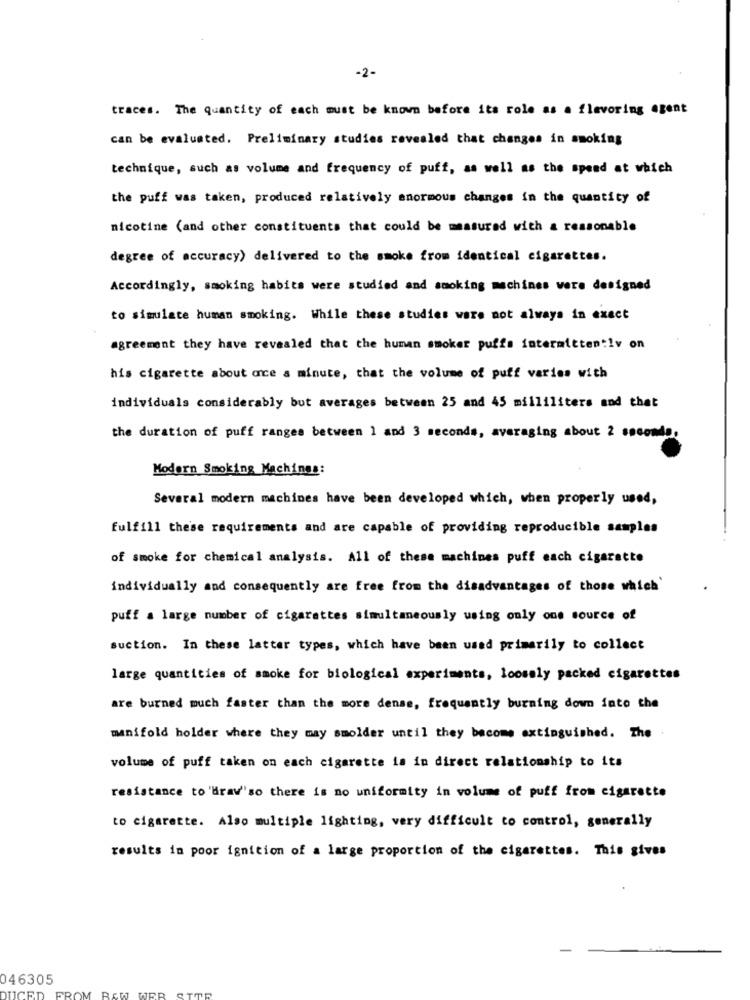
-2-
traces. The quantity of each must be known before its role as a flavoring agent
can be evaluated. Preliminary studies revealed that changes in smoking
technique, such as volume and frequency of puff, as well as the spend at which
the puff was taken, produced relatively enormous changes in the quantity of
nicotine (and other constituents that could be measured with a reasonable
degree of accuracy) delivered to the smoke from identical cigarettes.
Accordingly, smoking habits were studied and smoking machines were designed
to simulate human smoking. While these studies ware not always in exact
agreement they have revealed that the human smoker puffs intermittently on
his cigarette about once a minute, that the volume of puff varies with
individuals considerably but averages between 25 and 45 milliliters and that
the duration of puff ranges between 1 and 3 seconds, averaging about 2 seconds.
Modern Smoking Machines:
Several modern machines have been developed which, when properly used,
fulfill these requirements and are capable of providing reproducible samples
of smoke for chemical analysis. All of these machines puff each cigarette
individually and consequently are free from the disadvantages of those which'
puff a large number of cigarettes simultaneously using only one source of
suction. In these latter types, which have been used primarily to collect
large quantities of smoke for biological experiments, loosely packed cigarettes
are burned much faster than the more dense, frequently burning down fato the
manifold holder where they may smolder until they become extinguished. The
volume of puff taken on each cigarette ia in direct relationship to its
resistance to 'brav"so there is no uniformity in volume of puff from cigarette
to cigarette. Also multiple lighting, very difficult to control, generally
results in poor ignition of a large proportion of the cigarettes. This gives
046305
UCE
FROM RAW